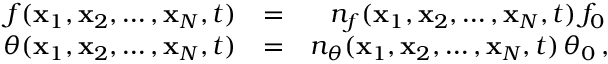
\begin{array} { r l r } { f ( { \bf x } _ { 1 } , { \bf x } _ { 2 } , \ldots , { \bf x } _ { N } , t ) } & { = } & { n _ { f } ( { \bf x } _ { 1 } , { \bf x } _ { 2 } , \ldots , { \bf x } _ { N } , t ) \, f _ { 0 } \, } \\ { \theta ( { \bf x } _ { 1 } , { \bf x } _ { 2 } , \ldots , { \bf x } _ { N } , t ) } & { = } & { n _ { \theta } ( { \bf x } _ { 1 } , { \bf x } _ { 2 } , \ldots , { \bf x } _ { N } , t ) \, \theta _ { 0 } \, , } \end{array}